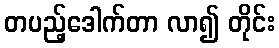
တပည့်ဒေါက်တာ လာ၍ တိုင်း